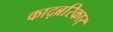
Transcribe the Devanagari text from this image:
काद्ब्ररिकार्